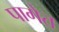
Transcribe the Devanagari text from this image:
पागेत